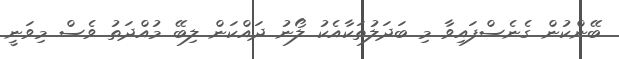
ބޭންކުން ގެނެސްފައިވާ މި ބަދަލުތަކާއެކު ލޯނު ދައްކަން ލިބޭ މުއްދަތު ވެސް މިވަނީ